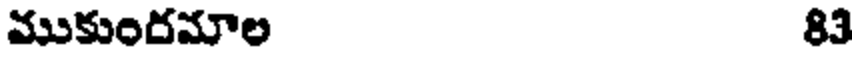
ముకుందమాల 83